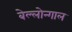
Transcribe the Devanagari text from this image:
बेल्लोन्गाल